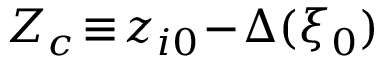
Z _ { c } \! \equiv \! z _ { i 0 } \! - \! \Delta ( \xi _ { 0 } )